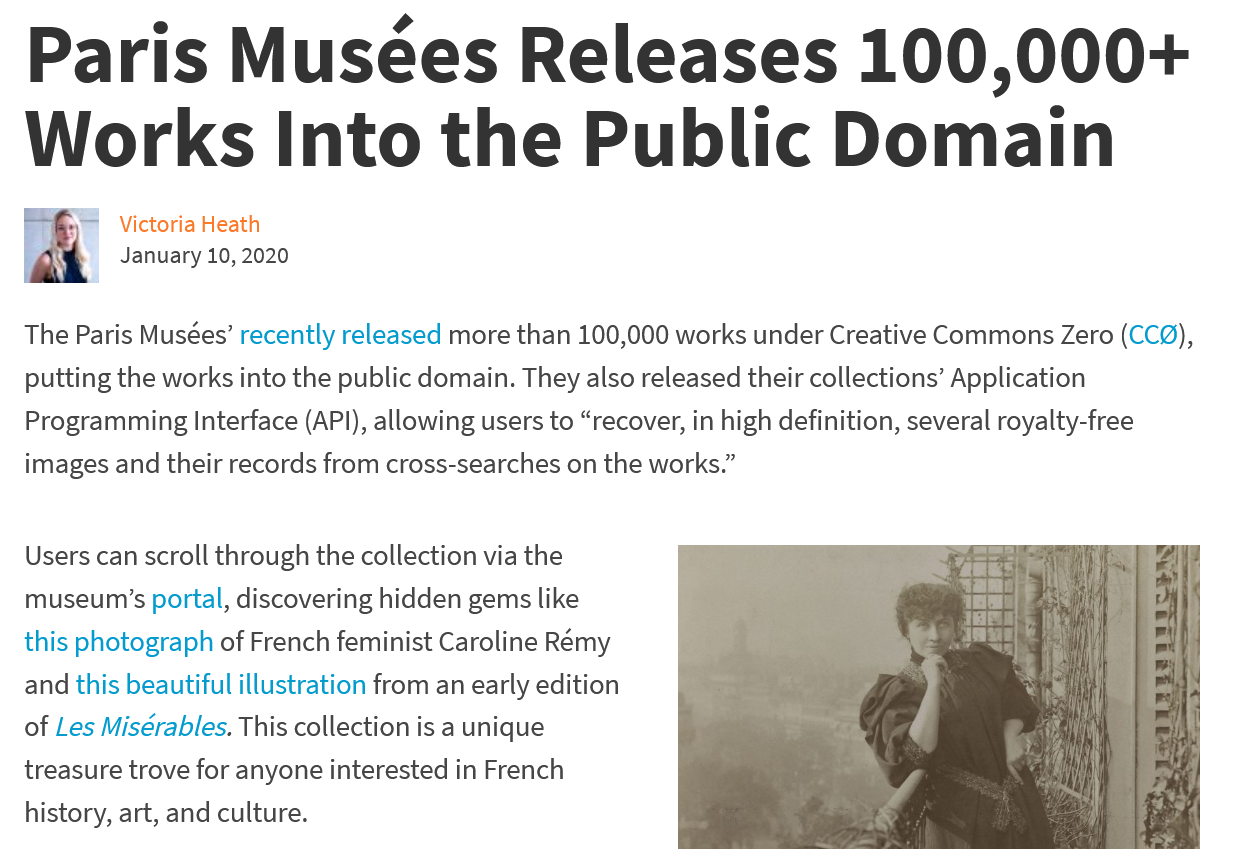
Paris    Musées    Releases    100,000+
  Works    Into    the    Public    Domain
     Victoria Heath
     January 10, 2020
  The Paris Musées’ recently released more than 100,000 works under Creative Commons Zero (CC@),
   putting the works into the public domain. They also released their collections’ Application
   Programming Interface (API), allowing users to “recover, in high definition, several royalty-free
   images and their records from cross-searches on the works.”
   Users can scroll through the collection via the
   museum’s portal, discovering hidden gems like
  this photograph of French feminist Caroline Rémy
  and this beautiful illustration from an early edition
  of Les Misérables. This collection is a unique
  treasure trove for anyone interested in French
   history, art, and culture.